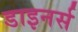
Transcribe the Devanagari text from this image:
डाइनर्स